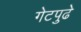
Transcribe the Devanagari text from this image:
गेटपुढे